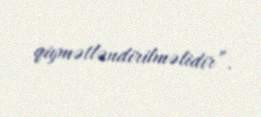
qiymətləndirilməlidir”.